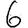
Digit: 6